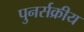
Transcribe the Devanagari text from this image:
पुनर्सक्रीय